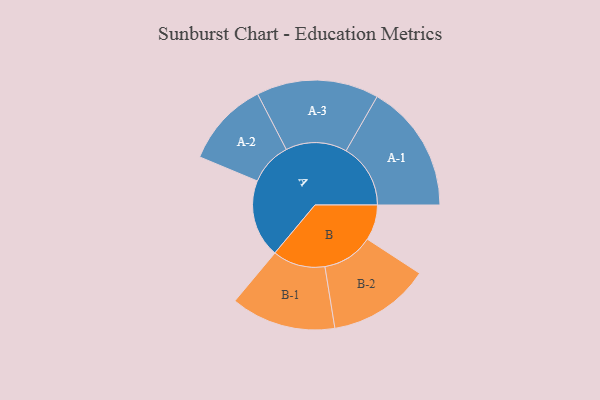
{"axis": {"x": "Segment", "y": "Value"}, "legend": ["", "A", "B"], "data": [{"x": "A", "y": 360, "type": ""}, {"x": "B", "y": 164, "type": ""}, {"x": "A-1", "y": 298, "type": "A"}, {"x": "A-2", "y": 198, "type": "A"}, {"x": "A-3", "y": 283, "type": "A"}, {"x": "B-1", "y": 243, "type": "B"}, {"x": "B-2", "y": 236, "type": "B"}]}